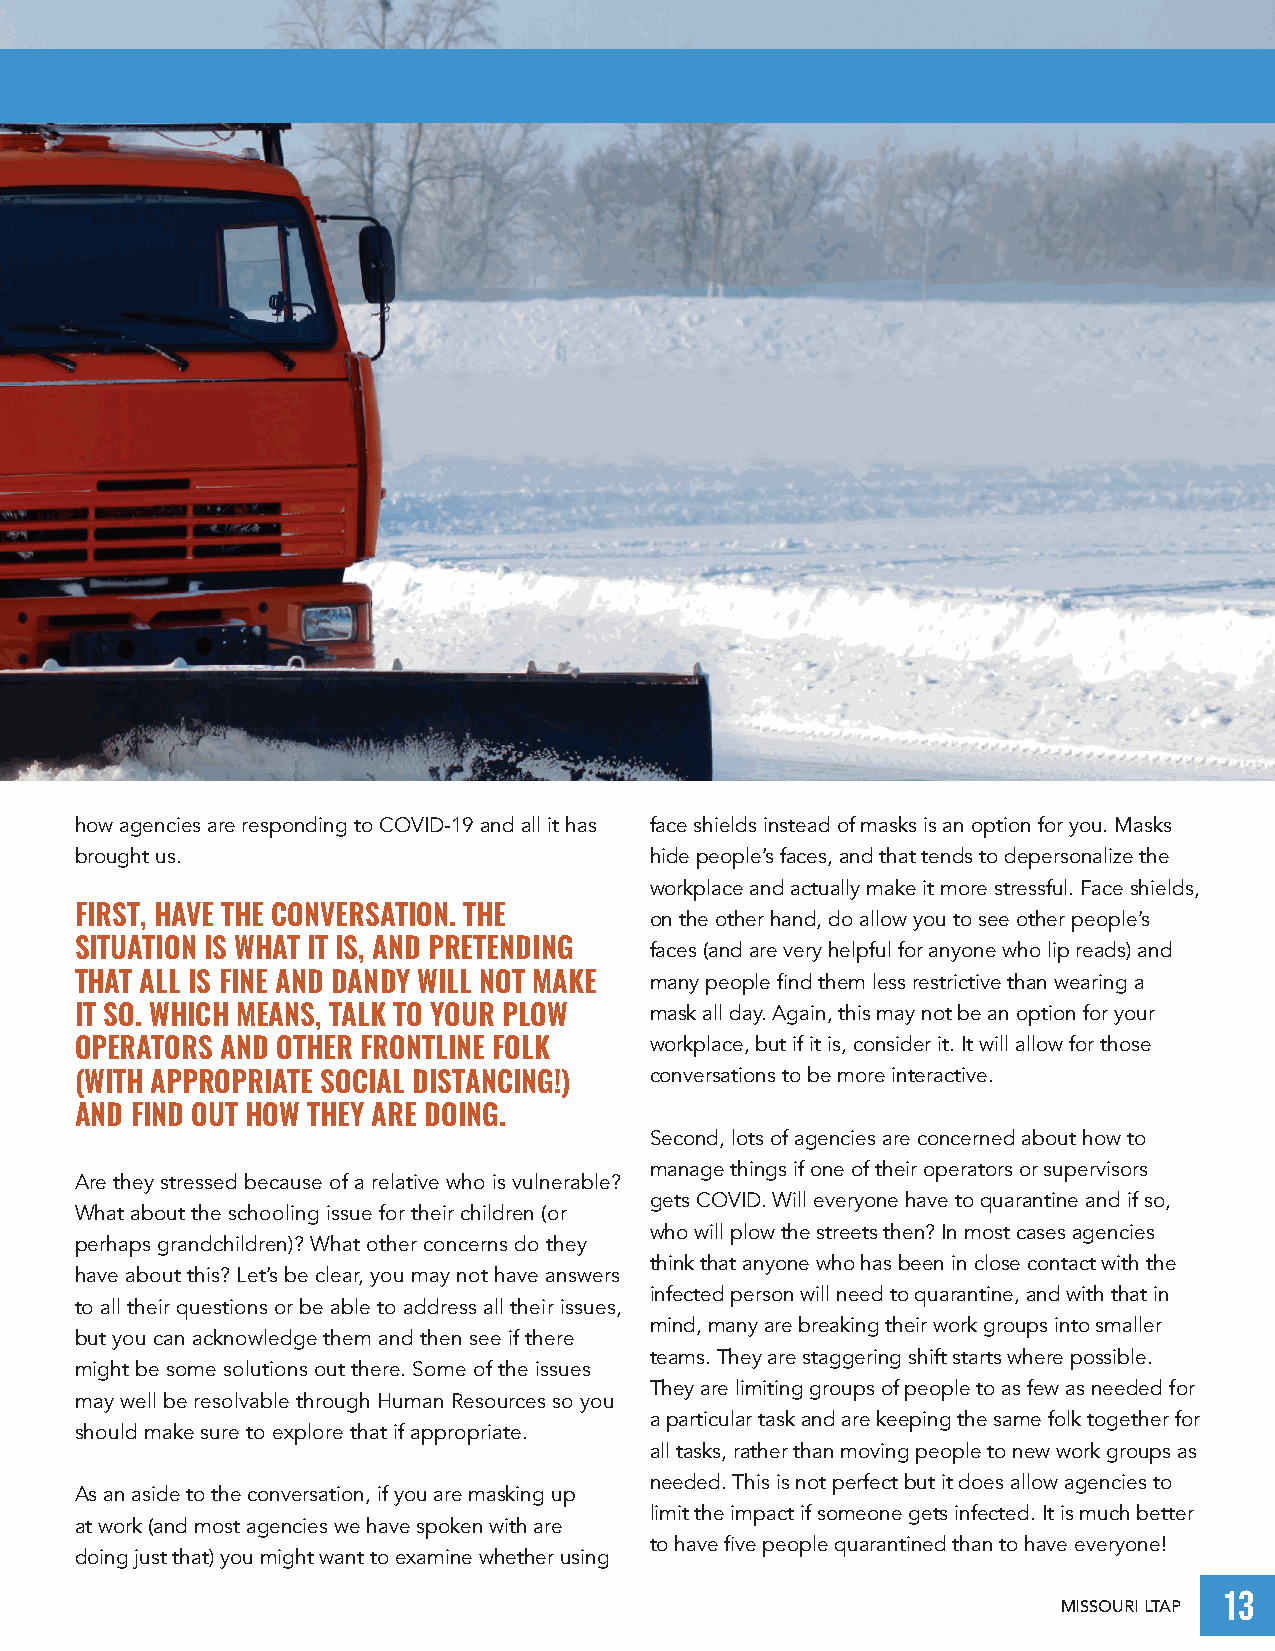
how agencies are responding to COVID-19 and all it has face shields instead of masks is an option for you. Masks
 brought us.                           hide people’s faces, and that tends to depersonalize the
 workplace and actually make it more stressful. Face shields,
 FIRST, HAVE THE CONVERSATION. THE     on the other hand, do allow you to see other people’s
 SITUATION IS WHAT IT IS, AND PRETENDING faces (and are very helpful for anyone who lip reads) and
 THAT ALL IS FINE AND DANDY WILL NOT MAKE many people find them less restrictive than wearing a
 IT SO. WHICH MEANS, TALK TO YOUR PLOW mask all day. Again, this may not be an option for your
 OPERATORS AND OTHER FRONTLINE FOLK    workplace, but if it is, consider it. It will allow for those
 (WITH APPROPRIATE SOCIAL DISTANCING!) conversations to be more interactive.
 AND FIND OUT HOW THEY ARE DOING.
 Second, lots of agencies are concerned about how to
 manage things if one of their operators or supervisors
 Are they stressed because of a relative who is vulnerable?
 gets COVID. Will everyone have to quarantine and if so,
 What about the schooling issue for their children (or
 who will plow the streets then? In most cases agencies
 perhaps grandchildren)? What other concerns do they
 think that anyone who has been in close contact with the
 have about this? Let’s be clear, you may not have answers
 infected person will need to quarantine, and with that in
 to all their questions or be able to address all their issues,
 mind, many are breaking their work groups into smaller
 but you can acknowledge them and then see if there
 teams. They are staggering shift starts where possible.
 might be some solutions out there. Some of the issues
 They are limiting groups of people to as few as needed for
 may well be resolvable through Human Resources so you
 a particular task and are keeping the same folk together for
 should make sure to explore that if appropriate.
 all tasks, rather than moving people to new work groups as
 needed. This is not perfect but it does allow agencies to
 As an aside to the conversation, if you are masking up
 limit the impact if someone gets infected. It is much better
 at work (and most agencies we have spoken with are
 to have five people quarantined than to have everyone!
 doing just that) you might want to examine whether using
 13
 MISSOURI LTAP